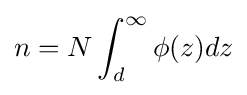
n=N\int _{d}^{\infty }\phi (z)dz